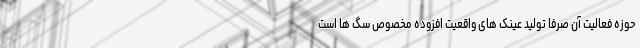
حوزه فعالیت آن صرفا تولید عینک های واقعیت افزوده مخصوص سگ ها است